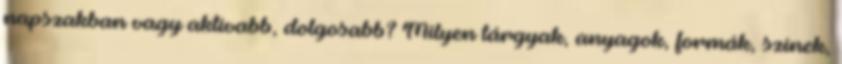
napszakban vagy aktívabb, dolgosabb? Milyen tárgyak, anyagok, formák, színek,